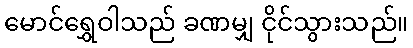
မောင်ရွှေဝါသည် ခဏမျှ ငိုင်သွားသည်။